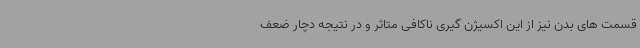
قسمت های بدن نیز از این اکسیژن گیری ناکافی متاثر و در نتیجه دچار ضعف